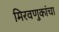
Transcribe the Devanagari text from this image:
मिरवणुकांचा